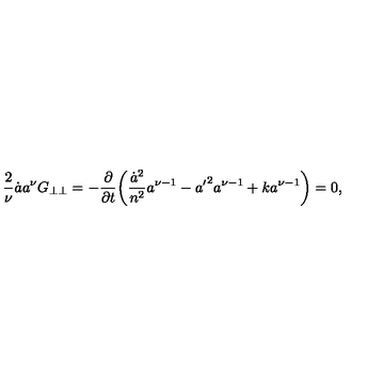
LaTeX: \frac { 2 } { \nu } \dot { a } a ^ { \nu } G _ { \perp \perp } = - \frac { \partial } { \partial t } \! \left( \frac { \dot { a } ^ { 2 } } { n ^ { 2 } } a ^ { \nu - 1 } - { a ^ { \prime } } ^ { 2 } a ^ { \nu - 1 } + k a ^ { \nu - 1 } \right) = 0 ,